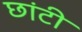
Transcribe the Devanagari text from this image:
छांटी